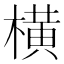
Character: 横